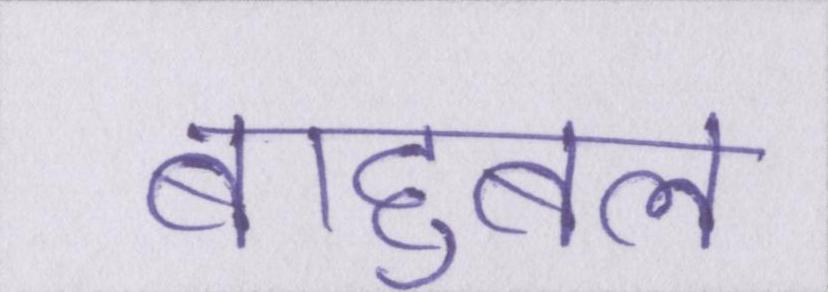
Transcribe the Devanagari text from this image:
बाहुबल